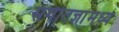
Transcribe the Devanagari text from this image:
संगीतज्ञांमध्ये